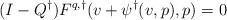
\begin{align*}(I-Q^\dagger)F^{q,\dagger}(v+\psi^\dagger(v,p),p)=0\end{align*}